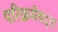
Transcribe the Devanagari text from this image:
परिक्रमेबद्दल